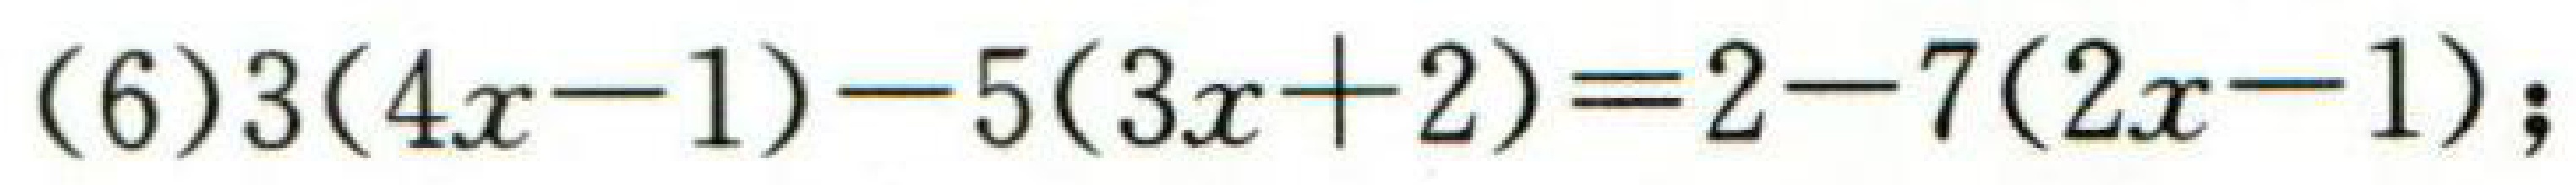
\((6)3(4x - 1)-5(3x + 2)=2-7(2x - 1);\)